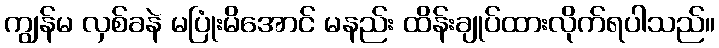
ကျွန်မ လှစ်ခနဲ မပြုံးမိအောင် မနည်း ထိန်းချုပ်ထားလိုက်ရပါသည်။